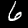
Digit: 6